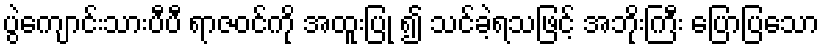
ပွဲကျောင်းသားပီပီ ရာဇဝင်ကို အထူးပြု ၍ သင်ခဲ့ရသဖြင့် အဘိုးကြီး ပြောပြသော